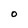
Character: O